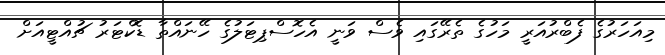
މިއަހަރުގެ ފެބްރުއަރީ މަހުގެ ތެރޭގައި ވެސް ވަނީ އެހޮސްޕިޓަލުގެ ހޭނައްތާ ޑޮކްޓަރު ޗުއްޓީއަށް